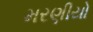
મરણીયો